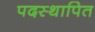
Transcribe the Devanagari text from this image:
पदस्‍थापित